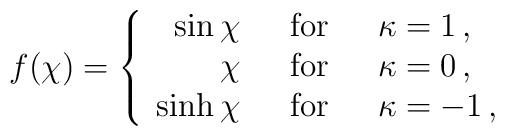
f (\chi) = \left\{ \begin{array}{rll} \sin\chi \ \  &\mbox{for} \ \ &\kappa = 1\, , \\ \chi \ \ &\mbox{for} &\kappa = 0 \, , \\ \sinh\chi \ \ &\mbox{for}&\kappa = - 1 \, , \end{array} \right.